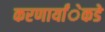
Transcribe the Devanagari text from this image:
करणार्यांेकडेे